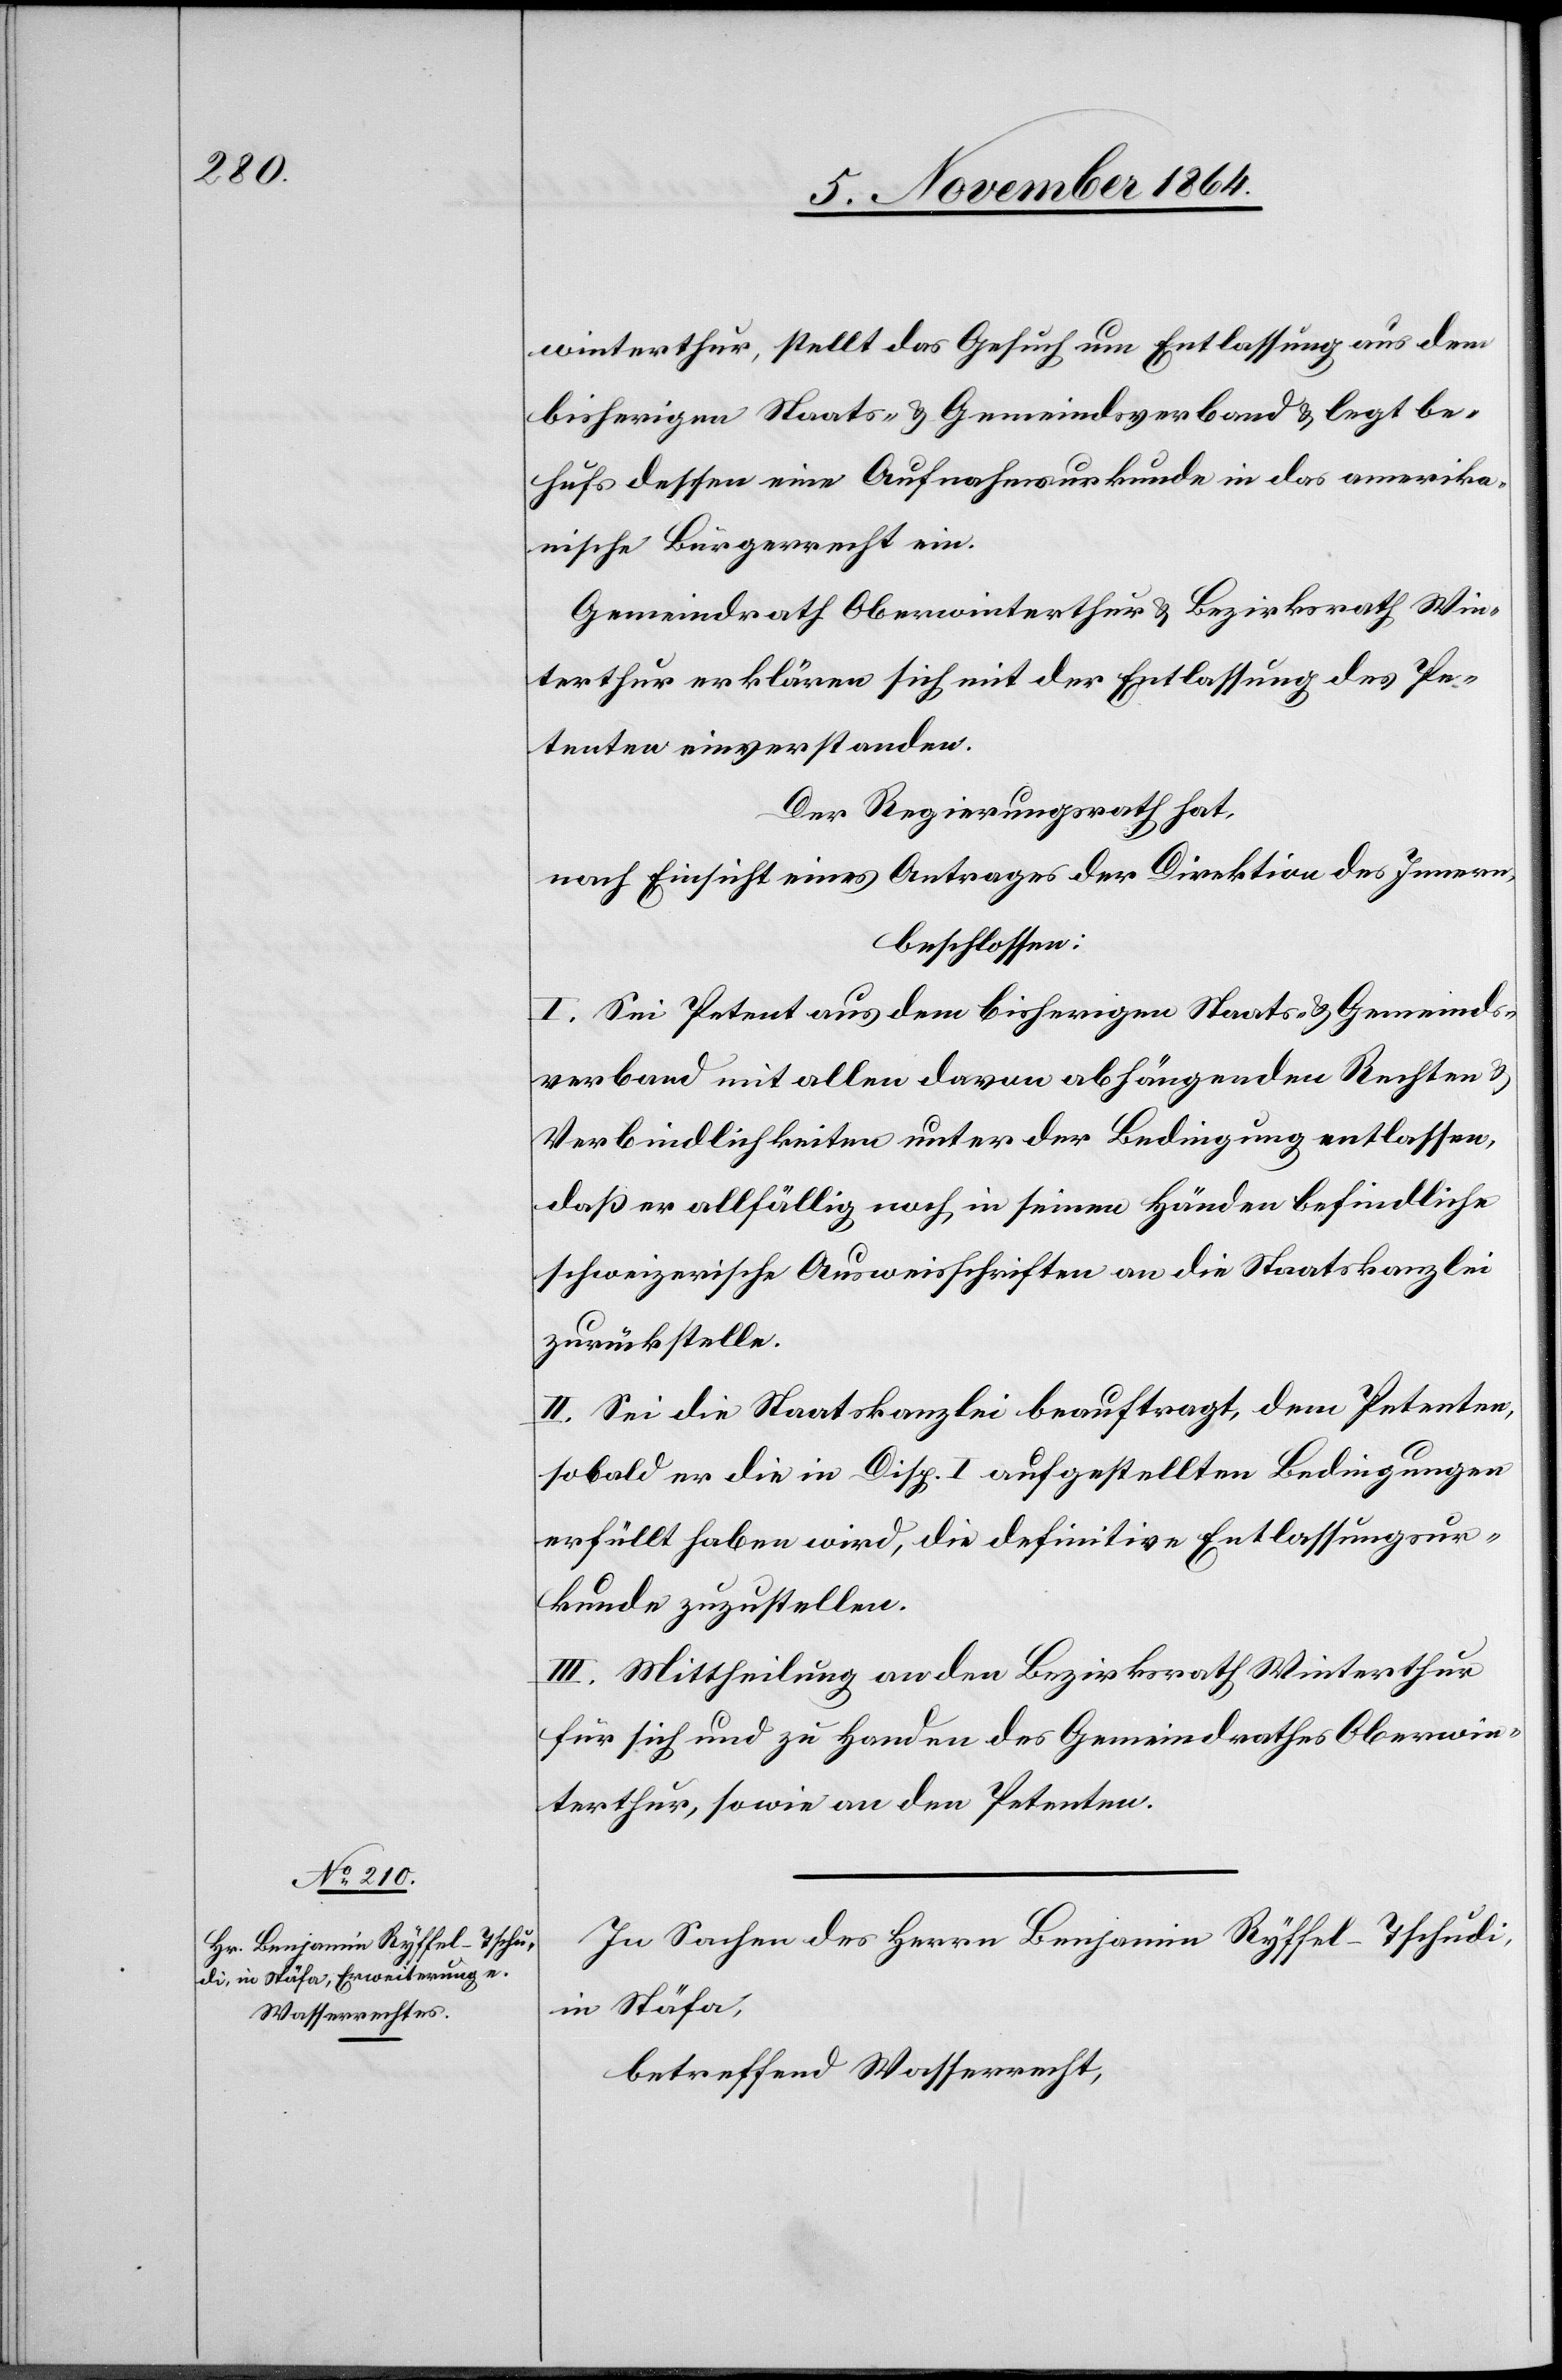
winterthur, stellt das Gesuch um Entlassung aus dem
bisherigen Staats- & Gemeindsverband & legt be¬
hufs dessen eine Aufnahmsurkunde in das amerika¬
nische Bürgerrecht ein.
Gemeindrath Oberwinterthur & Bezirksrath Win¬
terthur erklären sich mit der Entlassung des Pe¬
tenten einverstanden.
Der Regierungsrath hat,
nach Einsicht eines Antrages der Direktion des Innern,
beschlossen:
I. Sei Petent aus dem bisherigen Staats- & Gemeinds¬
verband mit allen davon abhängenden Rechten &
Verbindlichkeiten unter der Bedingung entlassen,
daß er allfällig noch in seinen Händen befindliche
schweizerische Ausweisschriften an die Staatskanzlei
zurückstelle.
II. Sei die Staatskanzlei beauftragt, dem Petenten
sobald er die in Disp. I. aufgestellten Bedingungen
erfüllt haben wird, die definitive Entlassungsur¬
kunde zuzustellen.
III. Mittheilung an den Bezirksrath Winterthur
für sich und zu Handen des Gemeindrathes Oberwin¬
terthur, sowie an den Petenten.
In Sachen des Herrn Benjamin Ryffel-Tschudi,
in Stäfa,
betreffend Wasserrecht